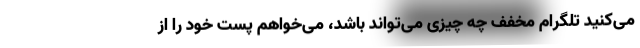
می‌کنید تلگرام مخفف چه چیزی می‌تواند باشد، می‌خواهم پست خود را از